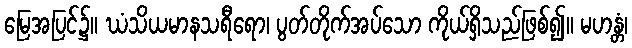
မြေအပြင်၌။ ဃံသိယမာနသရီရော၊ ပွတ်တိုက်အပ်သော ကိုယ်ရှိသည်ဖြစ်၍။ မဟန္တံ၊